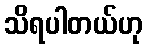
သိရပါတယ်ဟု